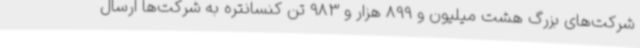
شرکت‌های بزرگ هشت میلیون و 899 هزار و 983 تن کنسانتره به شرکت‌ها ارسال